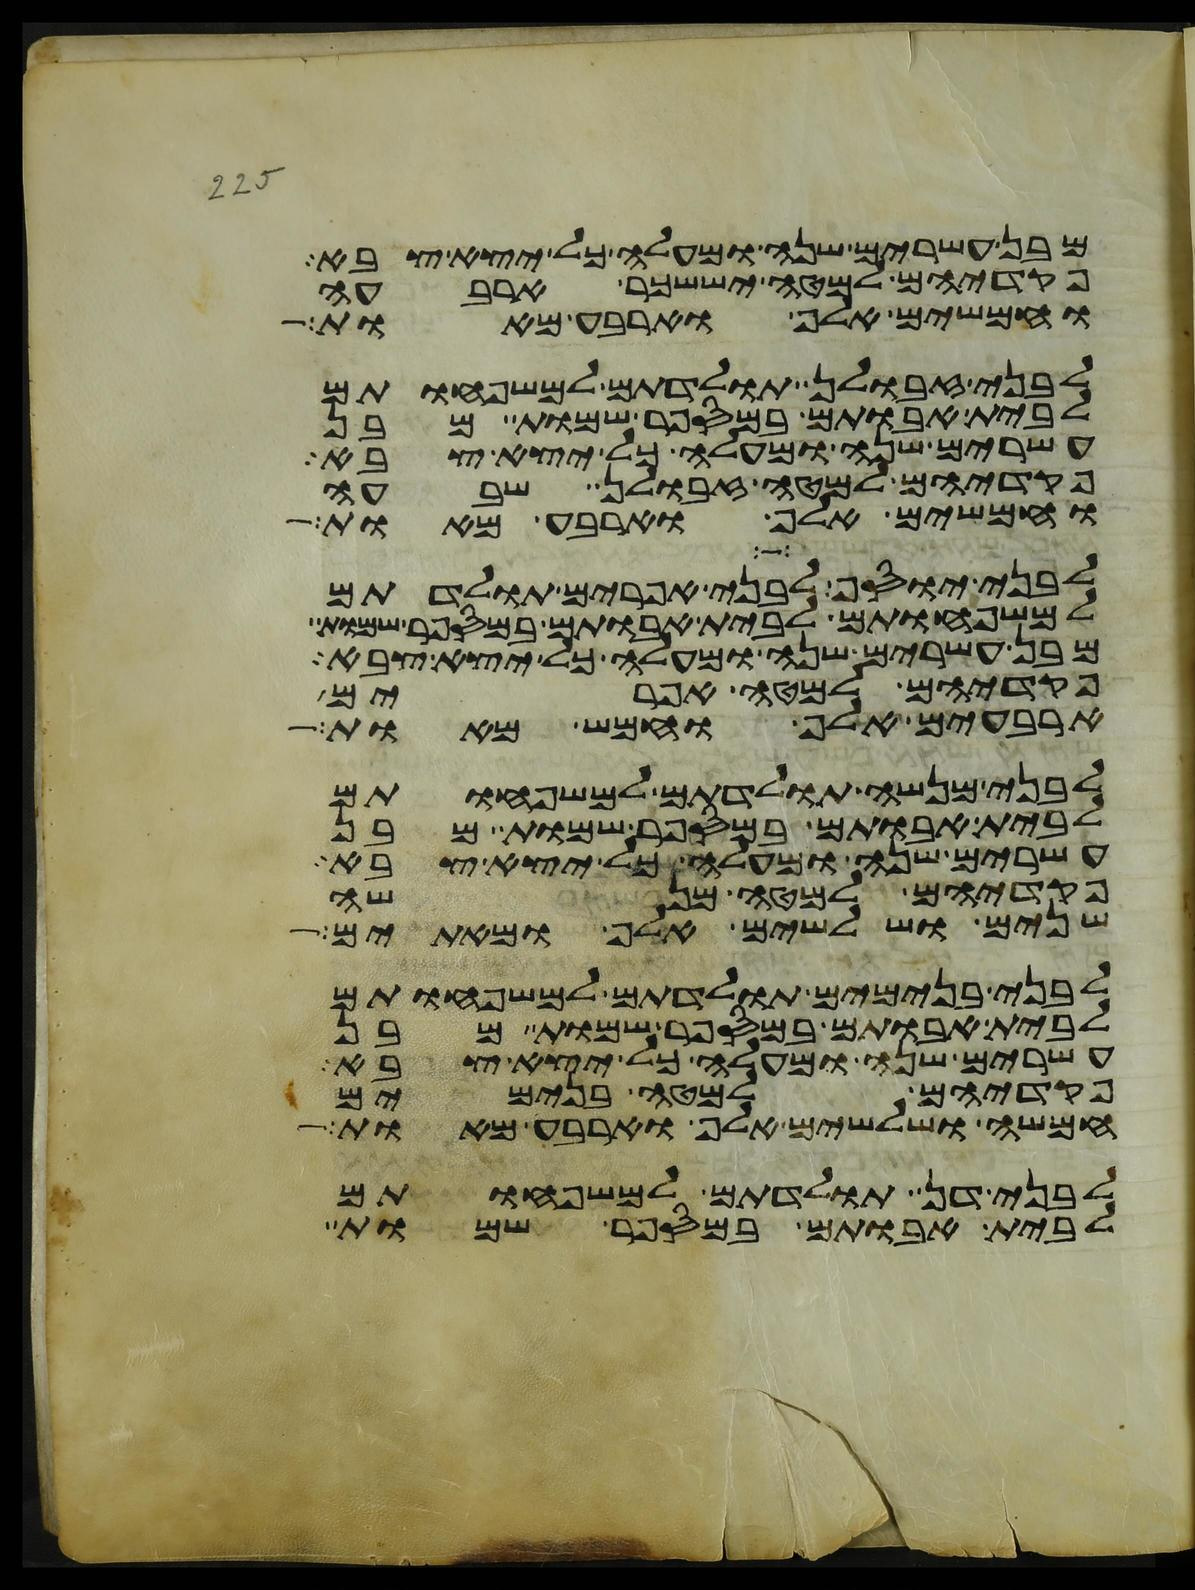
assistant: מבן עשרים שנה ומעלה כל יצא צבא
פקדיהם למטה יששכר ארבעה
וחמשים אלף וארבע מאות
לבני זבולן תולדתם למשפחותם
לבית אבותם במספר שמות מבן
עשרים שנה ומעלה כל יצא צבא
פקדיהם למטה זבולן שבעה
וחמשים אלף וארבע מאות
לבני יוסף לבני אפרים תולדתם
למשפחותם לבית אבותם במספר שמות
מבן עשרים שנה ומעלה כל יצא צבא
פקדיהם למטה אפרים
ארבעים אלף וחמש מאות
לבני מנשה תולדתם למשפחותם
לבית אבותם במספר שמות מבן
עשרים שנה ומעלה כל יצא צבא
פקדיהם למטה מנשה
שנים ושלשים אלף ומאתים
לבני בנימים תולדתם למשפחותם
לבית אבותם במספר שמות מבן
עשרים שנה ומעלה כל יצא צבא
פקדיהם למטה בנימים
חמשה ושלשים אלף וארבע מאות
לבני דן תולדתם למשפחותם
לבית אבותם במספר שמות